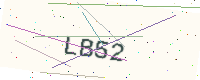
Text: LB52